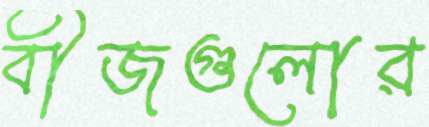
বীজগুলোর